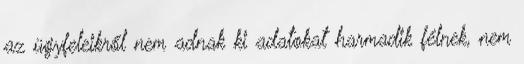
az ügyfeleikről nem adnak ki adatokat harmadik félnek, nem